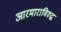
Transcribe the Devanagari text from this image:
आरमाराविरुद्ध